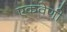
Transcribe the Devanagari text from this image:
एकवेणी